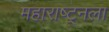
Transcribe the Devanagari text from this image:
महाराष्ट्नला